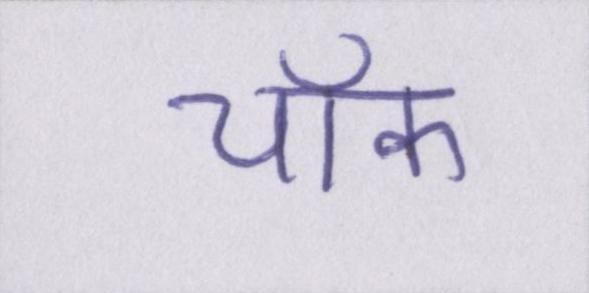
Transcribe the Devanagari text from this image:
चॉक